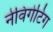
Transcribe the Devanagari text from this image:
नेविगेटिंग